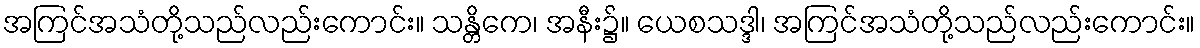
အကြင်အသံတို့သည်လည်းကောင်း။ သန္တိကေ၊ အနီး၌။ ယေစသဒ္ဒါ၊ အကြင်အသံတို့သည်လည်းကောင်း။